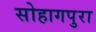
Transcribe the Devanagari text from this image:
सोहागपुरा